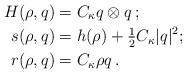
\begin{align*} H(\rho , q) &= C_\kappa q \otimes q\, ;\\ s(\rho , q) & = h(\rho) + \tfrac{1}{2} C_\kappa |q|^2;\\ r(\rho , q) &= C_\kappa \rho q\, .\end{align*}